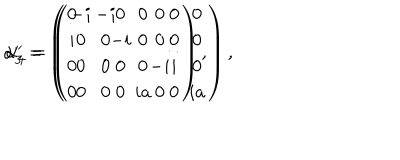
\alpha _ { 3 } ^ { \prime } = \left( \begin{array} { c c c c } { { 0 } } & { { - i } } & { { 0 } } & { { 0 } } \\ { { i } } & { { 0 } } & { { 0 } } & { { 0 } } \\ { { 0 } } & { { 0 } } & { { 0 } } & { { i } } \\ { { 0 } } & { { 0 } } & { { i a } } & { { 0 } } \\ \end{array} \right) , \hspace { 0 . 3 i n } \alpha _ { 4 } ^ { \prime } = \left( \begin{array} { c c c c } { { - i } } & { { 0 } } & { { 0 } } & { { 0 } } \\ { { 0 } } & { { - i } } & { { 0 } } & { { 0 } } \\ { { 0 } } & { { 0 } } & { { - i } } & { { 0 } } \\ { { 0 } } & { { 0 } } & { { 0 } } & { { i a } } \\ \end{array} \right) ,